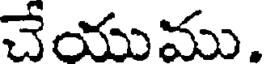
చేయుము.